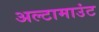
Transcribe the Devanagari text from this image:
अल्टामाउंट